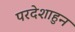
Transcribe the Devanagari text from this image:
परदेशाहुन